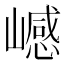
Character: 𰎺